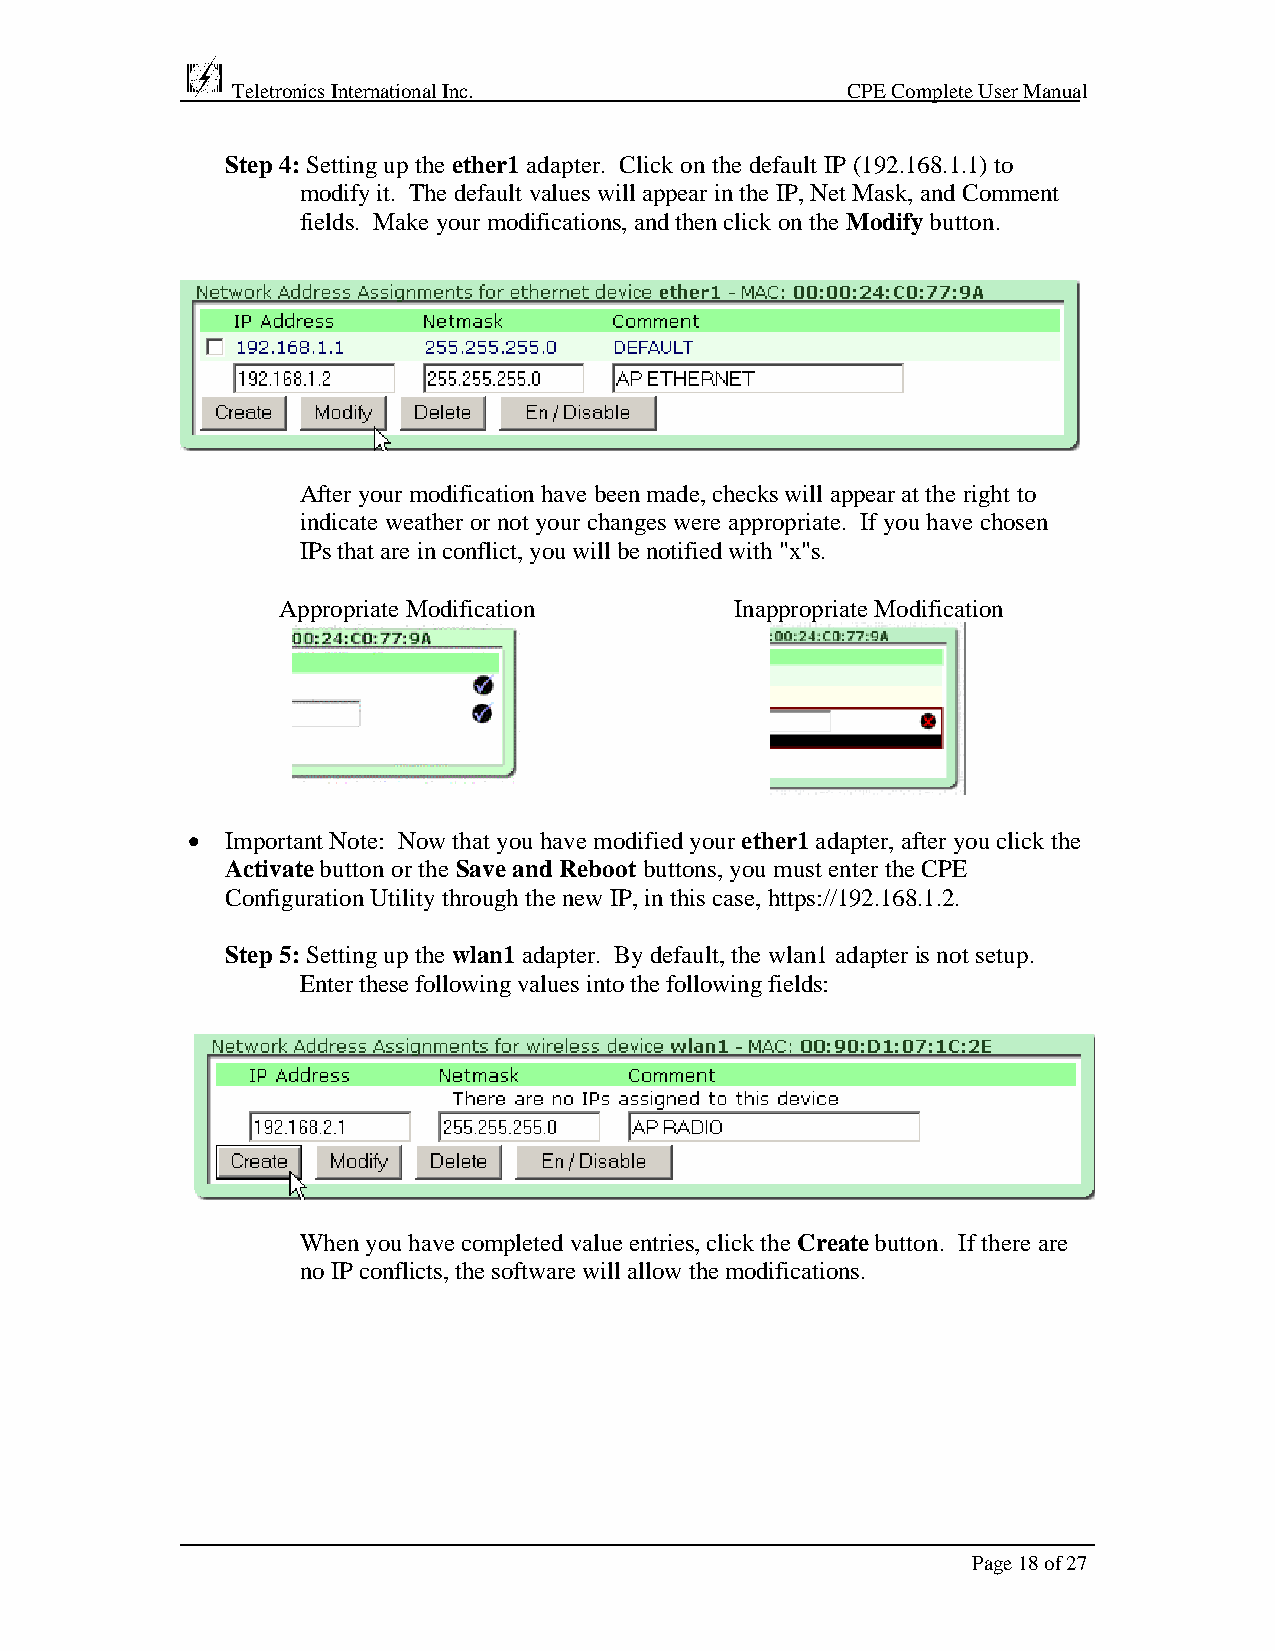
Teletronics International Inc.           CPE Complete User Manual
 Step 4: Setting up the ether1 adapter. Click on the default IP (192.168.1.1) to
 modify it. The default values will appear in the IP, Net Mask, and Comment
 fields. Make your modifications, and then click on the Modify button.
 After your modification have been made, checks will appear at the right to
 indicate weather or not your changes were appropriate. If you have chosen
 IPs that are in conflict, you will be notified with "x"s.
 Appropriate Modification      Inappropriate Modification
 •  Important Note: Now that you have modified your ether1 adapter, after you click the
 Activate button or the Save and Reboot buttons, you must enter the CPE
 Configuration Utility through the new IP, in this case, https://192.168.1.2.
 Step 5: Setting up the wlan1 adapter. By default, the wlan1 adapter is not setup.
 Enter these following values into the following fields:
 When you have completed value entries, click the Create button. If there are
 no IP conflicts, the software will allow the modifications.
 Page 18 of 27